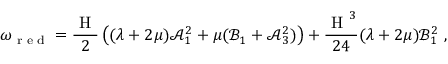
\omega _ { \textup { r e d } } = \frac { \textup { H } } { 2 } \left( ( \lambda + 2 \mu ) \mathcal { A } _ { 1 } ^ { 2 } + \mu ( \mathcal { B } _ { 1 } + \mathcal { A } _ { 3 } ^ { 2 } ) \right) + \frac { \textup { H } ^ { 3 } } { 2 4 } ( \lambda + 2 \mu ) \mathcal { B } _ { 1 } ^ { 2 } \ ,